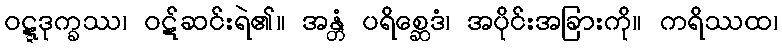
ဝဋ္ဋဒုက္ခဿ၊ ဝဋ်ဆင်းရဲ၏။ အန္တံ ပရိစ္ဆေဒံ၊ အပိုင်းအခြားကို။ ကရိဿထ၊